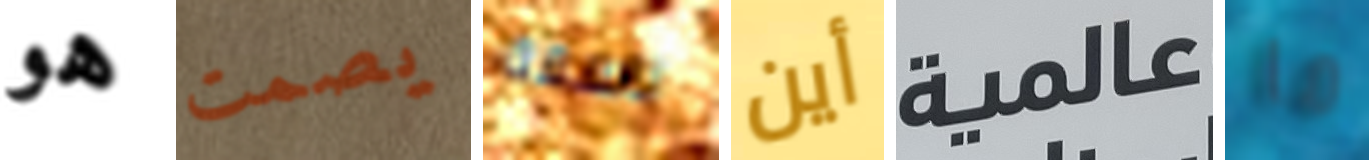
هو يصمت ناسفة أين عالمية ما